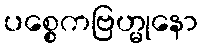
ပစ္စေကဗြဟ္မုနော